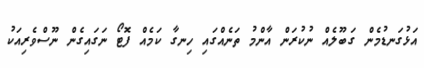
އަޅުގަނޑުމެން ގަބޫލެއް ނުކުރަން އާންމު ތަނެއްގައި ހިނގާ ކަމެއް ފޮޓޯ ނަގައިގެން ނޫސްވެރިއަކު